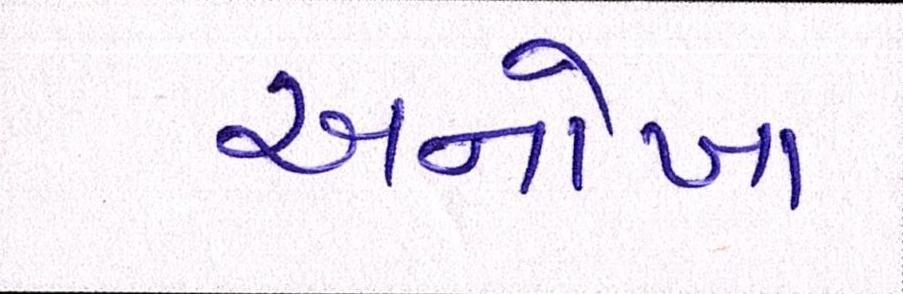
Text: અનોખા